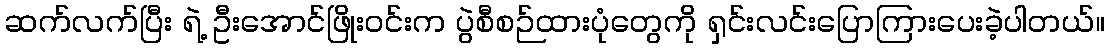
ဆက်လက်ပြီး ရဲ့ ဦးအောင်ဖြိုးဝင်းက ပွဲစီစဉ်ထားပုံတွေကို ရှင်းလင်းပြောကြားပေးခဲ့ပါတယ်။